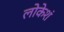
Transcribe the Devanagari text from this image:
लोकेशं